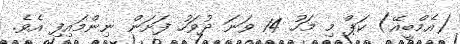
(އެމްބީއޭ) ކަޕް މި މަހު 14 ވަނަ ދުވަހު ފަށަން ނިންމައިފި އެވެ.